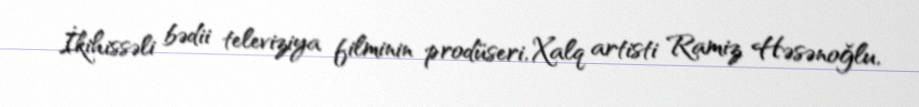
İkihissəli bədii televiziya filminin prodüseri, Xalq artisti Ramiz Həsənoğlu,